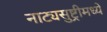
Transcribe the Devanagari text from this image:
नाट्यसुष्ट्रीमध्ये